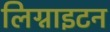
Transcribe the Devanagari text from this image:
लिग्नाइटन